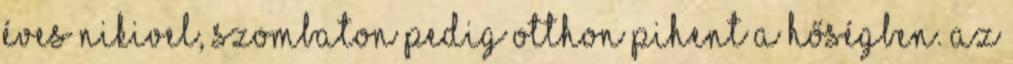
éves Nikivel, szombaton pedig otthon pihent a hőségben. Az